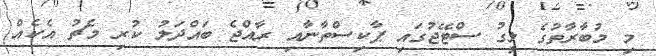
މި މުބާރާތުގެ ލީގު ސްޓޭޖުގައި ޕާކިސްތާނާއި ރާއްޖެ ބައްދަލު ކުރި މެޗު އެކެއް